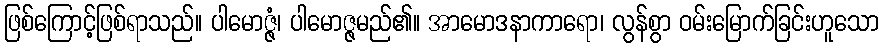
ဖြစ်ကြောင့်ဖြစ်ရာသည်။ ပါမောဇ္ဇံ၊ ပါမောဇ္ဇမည်၏။ အာမောဒနာကာရော၊ လွန်စွာ ဝမ်းမြောက်ခြင်းဟူသော